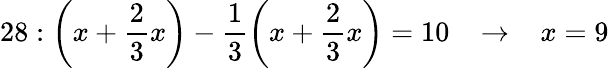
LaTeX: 28:{\bigg(}x+{\frac{2}{3}}x{\bigg)}-{\frac{1}{3}}{\bigg(}x+{\frac{2}{3}}x{\bigg)}=10\; \; \; \rightarrow\; \; \; x=9